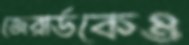
জেরার্ডকেও